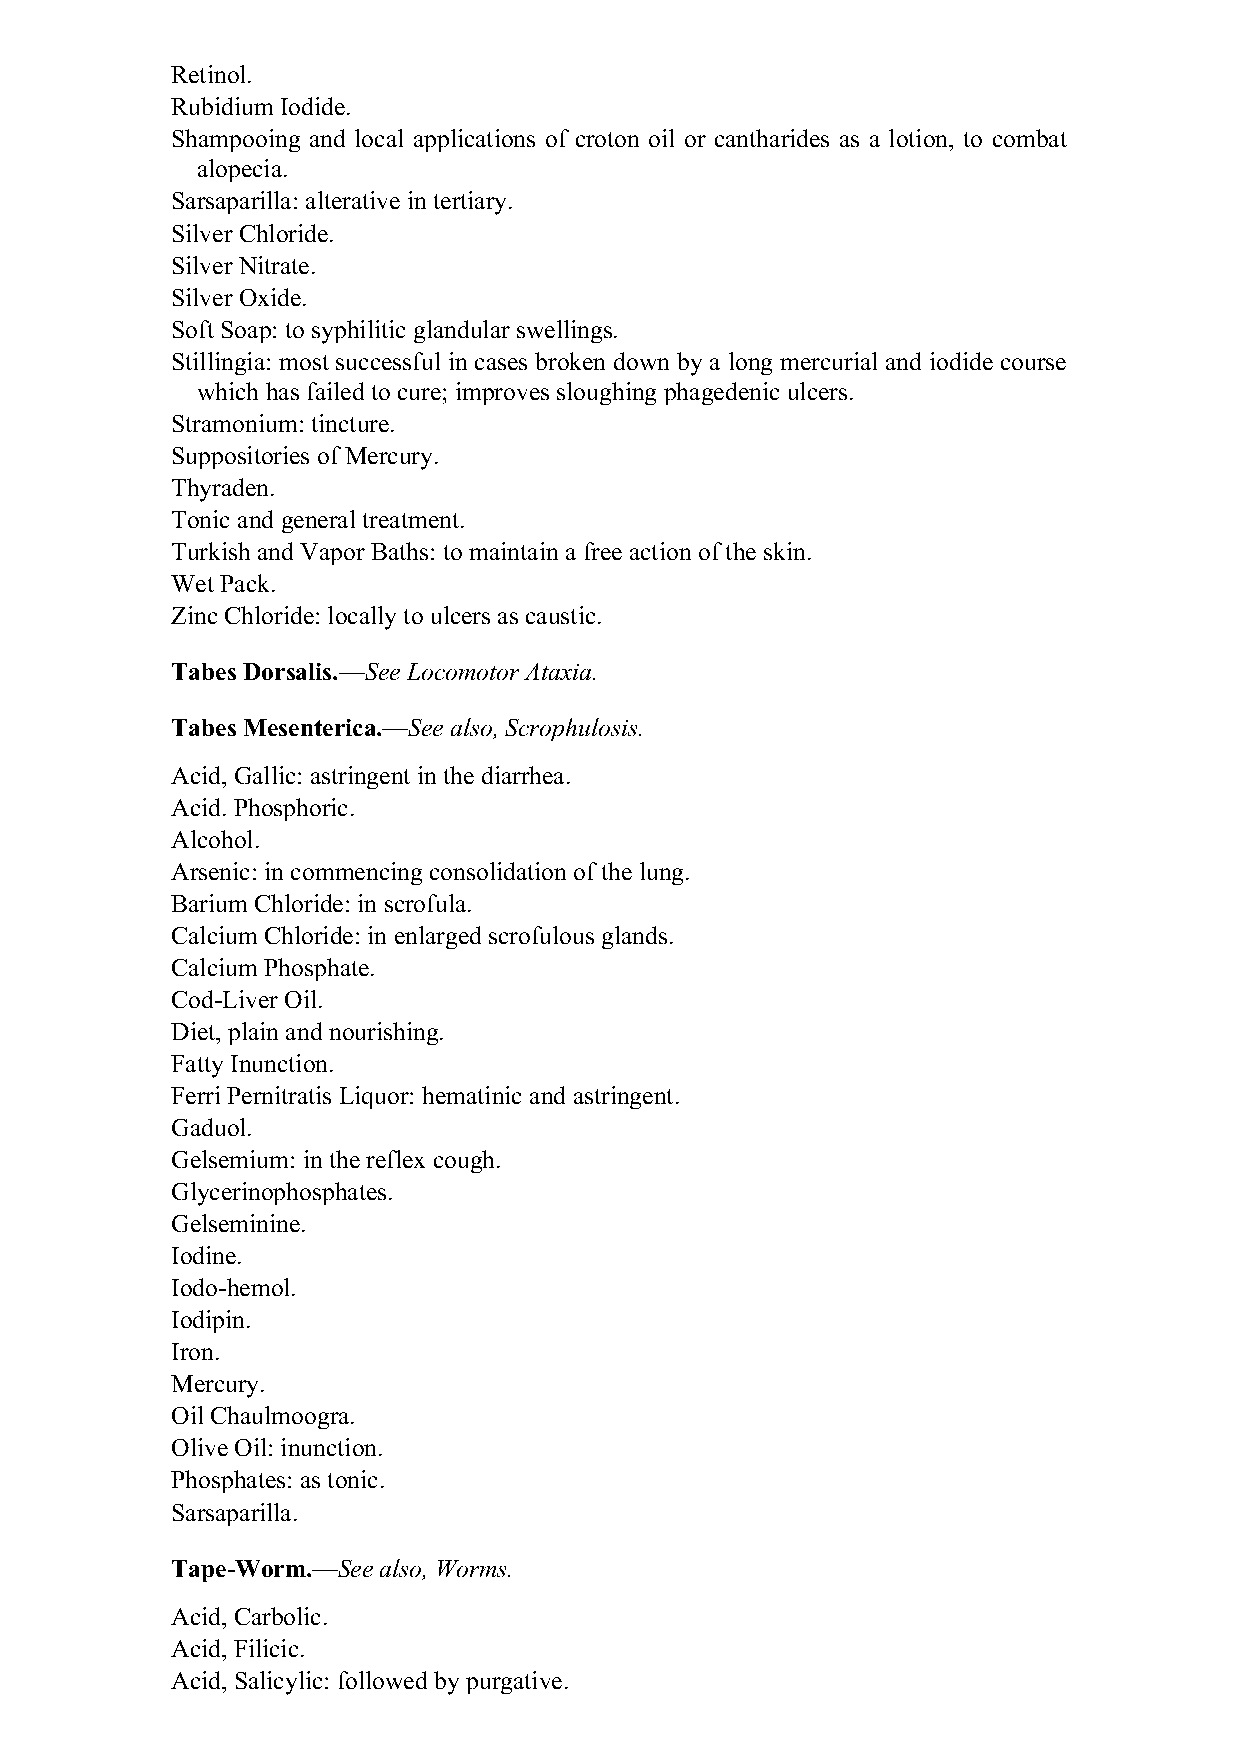
Retinol.
 Rubidium Iodide.
 Shampooing and local applications of croton oil or cantharides as a lotion, to combat
 alopecia.
 Sarsaparilla: alterative in tertiary.
 Silver Chloride.
 Silver Nitrate.
 Silver Oxide.
 Soft Soap: to syphilitic glandular swellings.
 Stillingia: most successful in cases broken down by a long mercurial and iodide course
 which has failed to cure; improves sloughing phagedenic ulcers.
 Stramonium: tincture.
 Suppositories of Mercury.
 Thyraden.
 Tonic and general treatment.
 Turkish and Vapor Baths: to maintain a free action of the skin.
 Wet Pack.
 Zinc Chloride: locally to ulcers as caustic.
 Tabes Dorsalis.—See Locomotor Ataxia.
 Tabes Mesenterica.—See also, Scrophulosis.
 Acid, Gallic: astringent in the diarrhea.
 Acid. Phosphoric.
 Alcohol.
 Arsenic: in commencing consolidation of the lung.
 Barium Chloride: in scrofula.
 Calcium Chloride: in enlarged scrofulous glands.
 Calcium Phosphate.
 Cod-Liver Oil.
 Diet, plain and nourishing.
 Fatty Inunction.
 Ferri Pernitratis Liquor: hematinic and astringent.
 Gaduol.
 Gelsemium: in the reflex cough.
 Glycerinophosphates.
 Gelseminine.
 Iodine.
 Iodo-hemol.
 Iodipin.
 Iron.
 Mercury.
 Oil Chaulmoogra.
 Olive Oil: inunction.
 Phosphates: as tonic.
 Sarsaparilla.
 Tape-Worm.—See also, Worms.
 Acid, Carbolic.
 Acid, Filicic.
 Acid, Salicylic: followed by purgative.